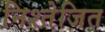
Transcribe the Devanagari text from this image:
निश्तेजित